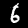
Digit: 6